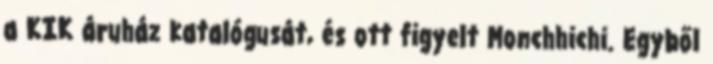
a KIK áruház katalógusát, és ott figyelt Monchhichi. Egyből